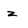
Character: z